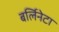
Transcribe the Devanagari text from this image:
बर्लिनेटा